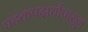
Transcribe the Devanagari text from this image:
घटकपदार्थापासून